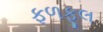
ફળફૂલ